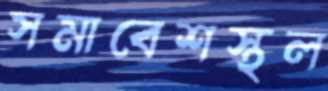
সমাবেশস্থল